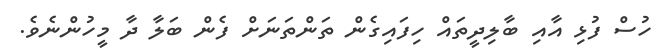
ހުސް ފުޅި އާއި ބާލިދީތައް ހިފައިގެން ތަންތަނަށް ފެން ބަލާ ދާ މީހުންނެވެ.